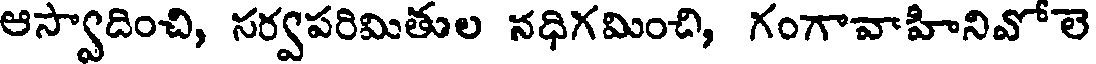
ఆస్వాదించి, సర్వపరిమితుల నధిగమించి, గంగావాహినివోలె